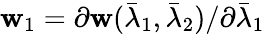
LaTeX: \mathbf{w}_{1}=\partial\mathbf{w}(\bar{{\lambda}}_{1},\bar{{\lambda}}_{2})/\partial\bar{{\lambda}}_{1}